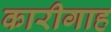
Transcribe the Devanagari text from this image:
कारीगाह